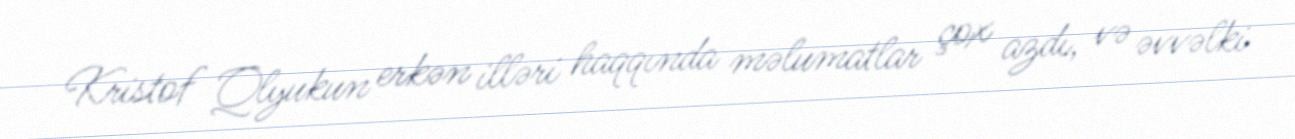
Kristof Qlyukun erkən illəri haqqında məlumatlar çox azdı, və əvvəlki